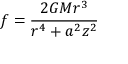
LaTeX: f = { \frac { 2 G M r ^ { 3 } } { r ^ { 4 } + a ^ { 2 } z ^ { 2 } } }